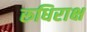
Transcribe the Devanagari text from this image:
रुधिराक्ष